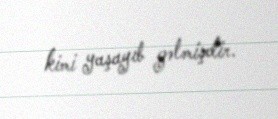
kimi yaşayıb gəlmişdir.